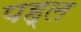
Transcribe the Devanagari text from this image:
पह्ल